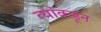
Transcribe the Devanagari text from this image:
त्यांकडून